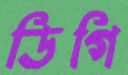
ডিগি